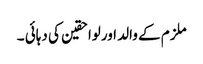
ملزم کے والد اورلواحقین کی دہائی ۔